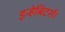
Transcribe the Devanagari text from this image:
इन्हेबिटर्स।